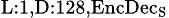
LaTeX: _{\textrm{L}:1,\textrm{D}:128,\textrm{EncDec}_{\textrm{S}}}